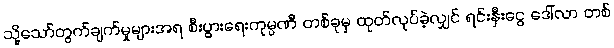
သို့သော်တွက်ချက်မှုများအရ စီးပွားရေးကုမ္ပဏီ တစ်ခုမှ ထုတ်လုပ်ခဲ့လျှင် ရင်းနှီးငွေ ဒေါ်လာ တစ်